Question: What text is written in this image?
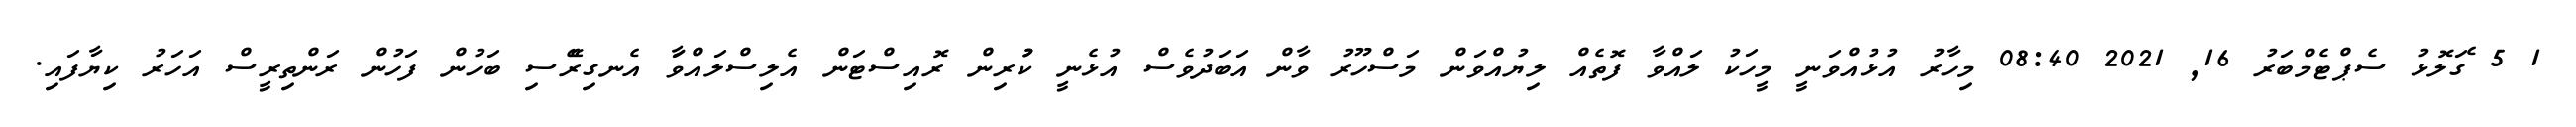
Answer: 1 5 ެގަލޮޅު ސެޕްޓެމްބަރު 16, 2021 08:40 މިހާރު އުޅުއްވަނީ މީހަކު ލައްވާ ފޮތެއް ލިޔުއްވަން މަސްހޫރު ވާން އަބަދުވެސް އުޅެނީ ކުުރިން ރޮއިސްޓަން އެލިސްލައްވަާ އެނގިރެޭސި ބަހުން ފަހުން ރަންތިރީސް އަހަރު ކިޔާފައި.